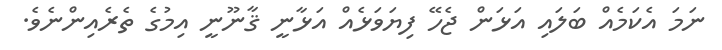
ނަމަ އެކަމެއް ބަލައި އަޅަން ޖެހޭ ފިޔަވަޅެއް އަޅާނީ ޤާނޫނީ އިމުގެ ތެރެއިންނެވެ.